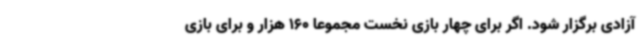
آزادی برگزار شود. اگر برای چهار بازی نخست مجموعا 160 هزار و برای بازی